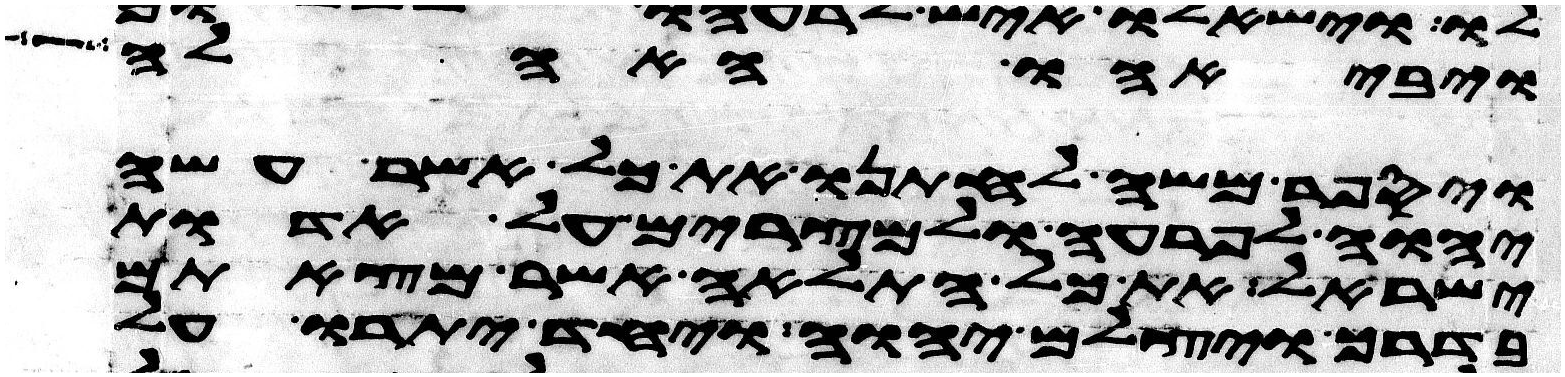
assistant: ויבאהו האהלה
ויספר משה לחתנו את כל אשר עשה
יהוה לפרעה ולמצרים על אדות
ישראל את כל התלאה אשר מצאתם
בדרך ויצלם יהוה ויחד יתרו על